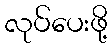
လုပ်ပေးဖို့